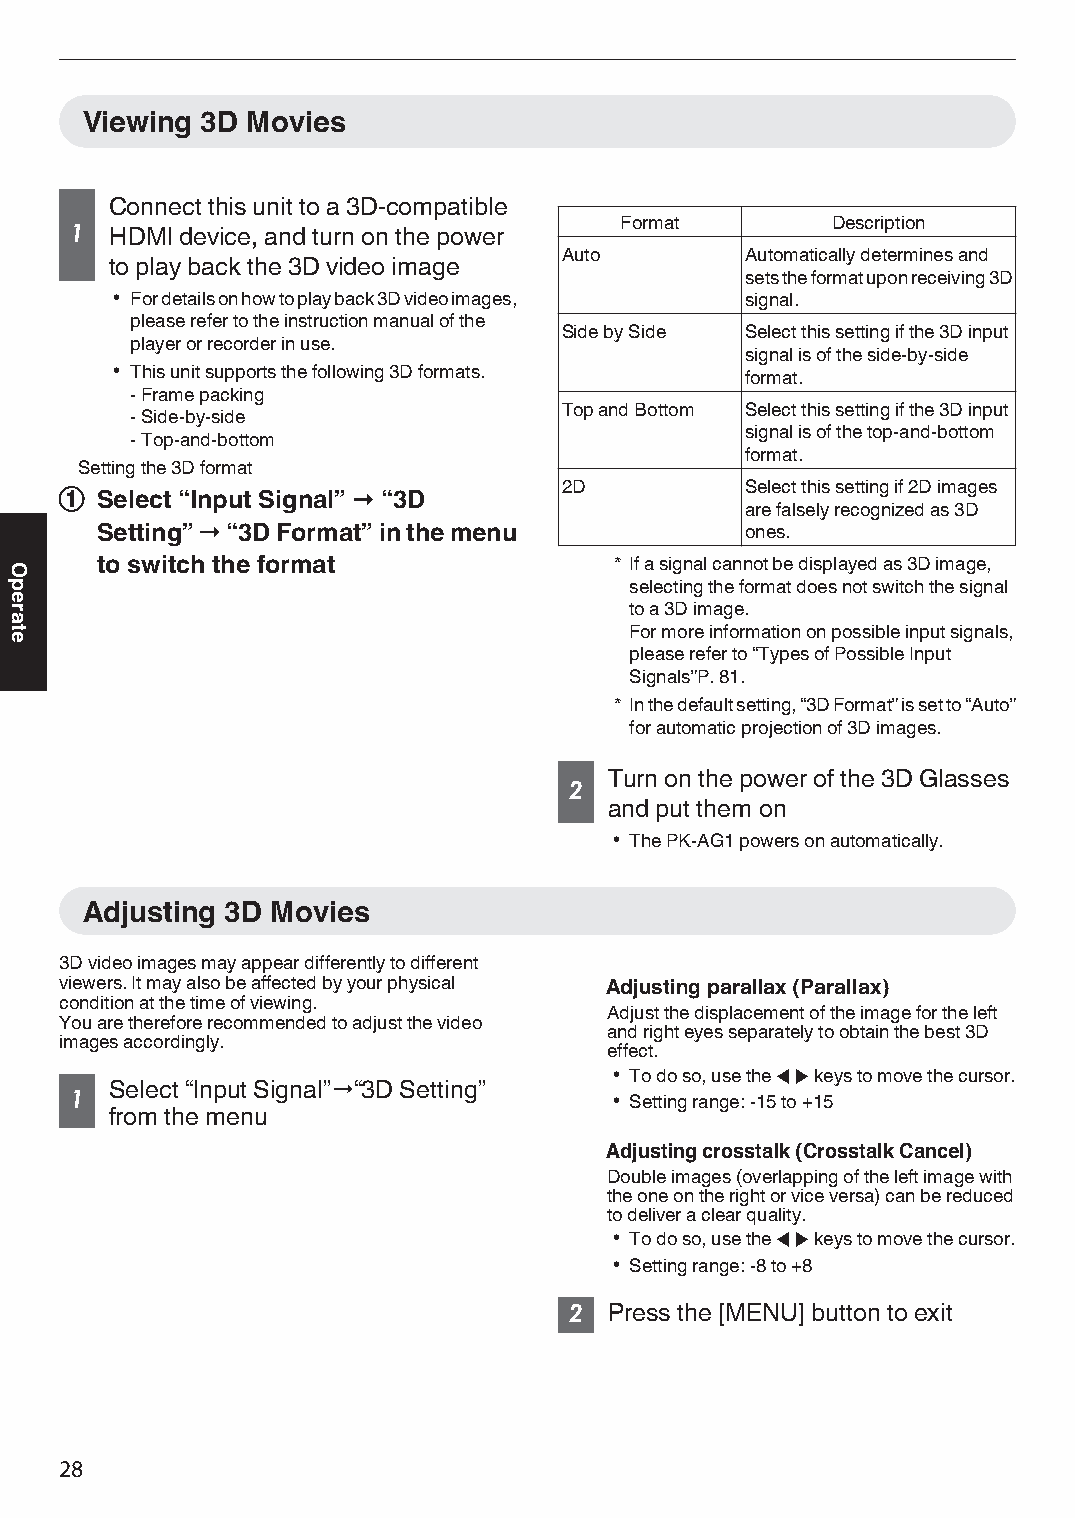
Viewing 3D Movies
 Connect this unit to a 3D-compatible
 Format        Description
 1 HDMI device, and turn on the power
 Auto        Automatically determines and
 to play back the 3D video image
 sets the format upon receiving 3D
 0 For details on how to play back 3D video images, signal.
 please refer to the instruction manual of the
 Side by Side Select this setting if the 3D input
 player or recorder in use.
 signal is of the side-by-side
 0 This unit supports the following 3D formats. format.
 - Frame packing
 Top and Bottom Select this setting if the 3D input
 - Side-by-side
 signal is of the top-and-bottom
 - Top-and-bottom
 format.
 Setting the 3D format
 2D          Select this setting if 2D images
 A Select “Input Signal” " “3D
 are falsely recognized as 3D
 Setting” " “3D Format” in the menu         ones.
 to switch the format               * If a signal cannot be displayed as 3D image,
 selecting the format does not switch the signal
 to a 3D image.
 For more information on possible input signals,
 please refer to “Types of Possible Input
 Signals”P. 81.
 * In the default setting, “3D Format” is set to “Auto”
 for automatic projection of 3D images.
 Turn on the power of the 3D Glasses
 2
 and put them on
 0 The PK-AG1 powers on automatically.
 Adjusting 3D Movies
 3D video images may appear differently to different
 viewers. It may also be affected by your physical Adjusting parallax (Parallax)
 condition at the time of viewing.
 Adjust the displacement of the image for the left
 You are therefore recommended to adjust the video
 and right eyes separately to obtain the best 3D
 images accordingly.
 effect.
 0 To do so, use the H I keys to move the cursor.
 Select “Input Signal”"“3D Setting”
 1                                   0 Setting range: -15 to +15
 from the menu
 Adjusting crosstalk (Crosstalk Cancel)
 Double images (overlapping of the left image with
 the one on the right or vice versa) can be reduced
 to deliver a clear quality.
 0 To do so, use the H I keys to move the cursor.
 0 Setting range: -8 to +8
 2 Press the [MENU] button to exit
 28
 Operate